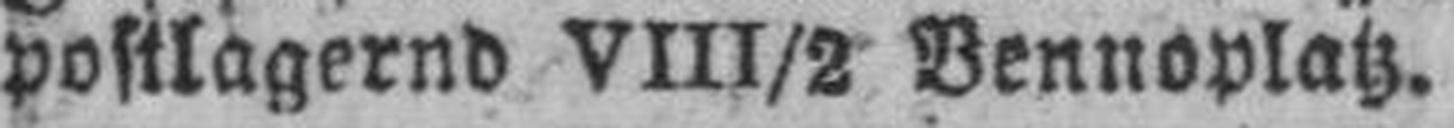
postlagernd VIII/2 Bennoplatz.